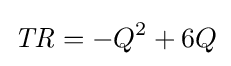
{\mathit {TR}}=-Q^{2}+6Q